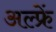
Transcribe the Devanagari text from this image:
अल्फ्रें